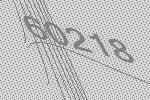
60218